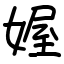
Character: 媉